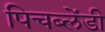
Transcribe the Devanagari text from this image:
पिचब्लेंडी